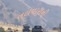
તલવારાની